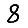
Digit: 8